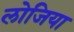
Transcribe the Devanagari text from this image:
लोजिया